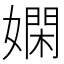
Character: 嫻